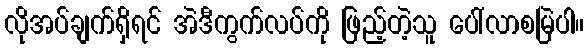
လိုအပ်ချက်ရှိရင် အဲဒီကွက်လပ်ကို ဖြည့်တဲ့သူ ပေါ်လာစမြဲပါ။